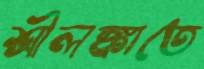
শ্রীলঙ্কাতে